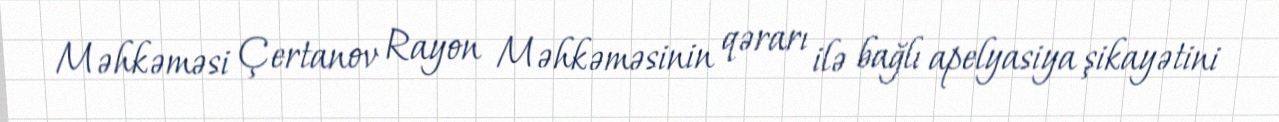
Məhkəməsi Çertanov Rayon Məhkəməsinin qərarı ilə bağlı apelyasiya şikayətini